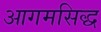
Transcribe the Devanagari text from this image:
आगमसिद्ध